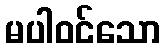
မပါဝင်သော